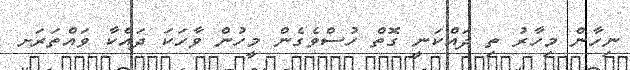
ނިހާން މިހާރު ތި ދައްކަނީ ގޮތް ހުސްވެގެން މީހުން ވާހަކަ ދައްކާ ވައްތަރަށ